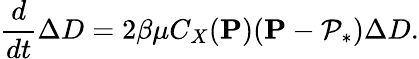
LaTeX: \frac{d}{dt}\Delta D=2\beta\mu C_{X}(\mathbf{P})(\mathbf{P}-\mathcal{P}_{*})\Delta D.